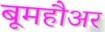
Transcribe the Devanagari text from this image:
बूमहौअर